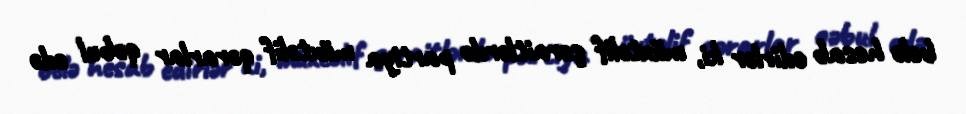
belə hesab edirlər ki, müxtəlif şəraitlərdə partiya müxtəlif qərarlar qəbul edə